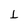
Character: L